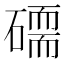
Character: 𥕷